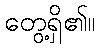
တွေ့ရှိ၏။